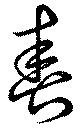
春